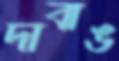
দাবাঙ